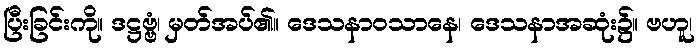
ပြီးခြင်းကို။ ဒဋ္ဌဗ္ဗံ၊ မှတ်အပ်၏။ ဒေသနာဝသာနေ၊ ဒေသနာအဆုံး၌။ ဗဟူ၊